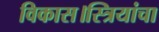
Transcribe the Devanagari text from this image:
विकास।स्त्रियांचा